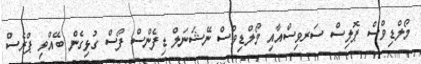
މޯލްޑިވްސް ޕޮލިސް ސަރވިސްއާއި މޯލްޑިވްސް ނޭޝަނަލް ޑިފެންސް ފޯސް ގުޅިގެން ބޭއްވި ޕްރެސް